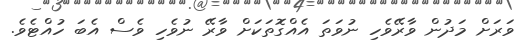
ވަރަށް މަދުން ވާރޭވެހި ނުވަތަ އެއްގޮތަކަށް ވާރޭ ނުވެހި ވެސް އެބަ ހުއްޓެވެ.